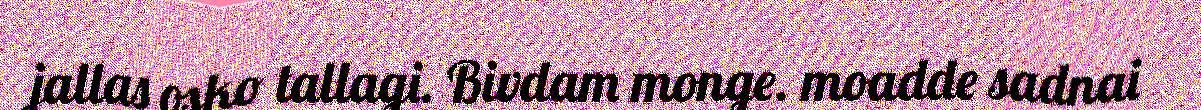
jallas osko tallagi. Bivdam monge. moadde sadnai